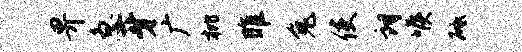
畀急牙广枇雎兔使朗喉砥